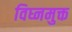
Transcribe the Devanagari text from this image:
विघ्नमुक्त